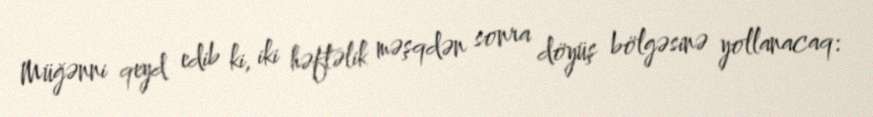
Müğənni qeyd edib ki, iki həftəlik məşqdən sonra döyüş bölgəsinə yollanacaq: